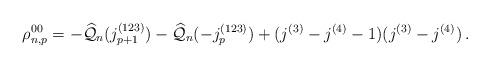
LaTeX: \begin{align*}{\rho}^{00}_{n,p} = - \widehat{\mathcal{Q}}_n(j_{p+1}^{(123)}) - \widehat{\mathcal{Q}}_n(-j_p^{(123)}) +(j^{(3)}-j^{(4)}-1)(j^{(3)}-j^{(4)})\,.\end{align*}